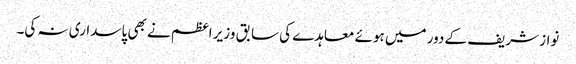
نواز شریف کے دور میں ہوئے معاہدے کی سابق وزیر اعظم نے بھی پاسداری نہ کی۔